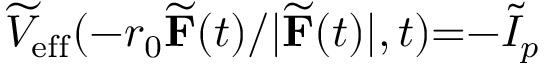
\widetilde { V } _ { \mathrm { e f f } } ( { - } r _ { 0 } \widetilde { \mathbf { F } } ( t ) / | \widetilde { \mathbf { F } } ( t ) | , t ) { = } { - } \widetilde { I } _ { p }